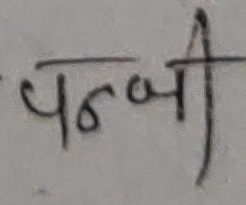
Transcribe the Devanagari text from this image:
पनभी